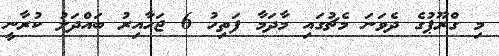
މި ގްރޫޕުގެ ދެވަނަ މެޗުގައި މާދަމާ ފަތިހު 6 ޖަހާއިރު ބައްދަލު ކުރާނީ